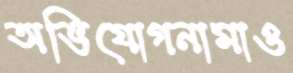
অভিযোগনামাও